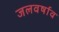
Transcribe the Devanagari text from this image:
जलवर्षाव